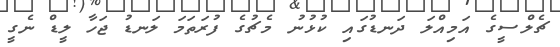
ޗެލްސީގެ އަމިއްލަ ދަނޑުގައި ކުޅުނު މެޗުގެ ފުރަތަމަ ލަނޑު ޖަހާ ލީޑް ނެގީ